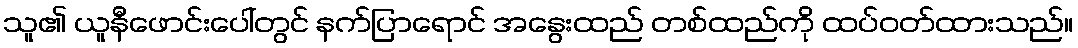
သူ၏ ယူနီဖောင်းပေါ်တွင် နက်ပြာရောင် အနွေးထည် တစ်ထည်ကို ထပ်ဝတ်ထားသည်။